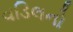
વડિલનો